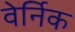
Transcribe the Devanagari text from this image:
वेर्निक